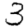
Digit: 3